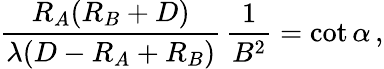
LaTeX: {\frac{R_{A}(R_{B}+D)}{\lambda(D-R_{A}+R_{B})}}\, {\frac{1}{B^{2}}}=\cot\alpha\, ,